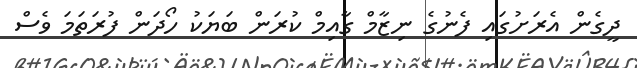
ދީގެން އެރަށުގައި ފެނުގެ ނިޒާމް ގާއިމް ކުރަން ބަޔަކު ހޯދަން ފުރަތަމަ ވެސް